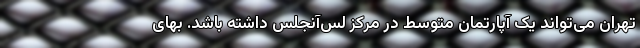
تهران می‌تواند یک آپارتمان متوسط در مرکز لس‌آنجلس داشته باشد. بهای